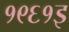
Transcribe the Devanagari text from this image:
१९६१इ